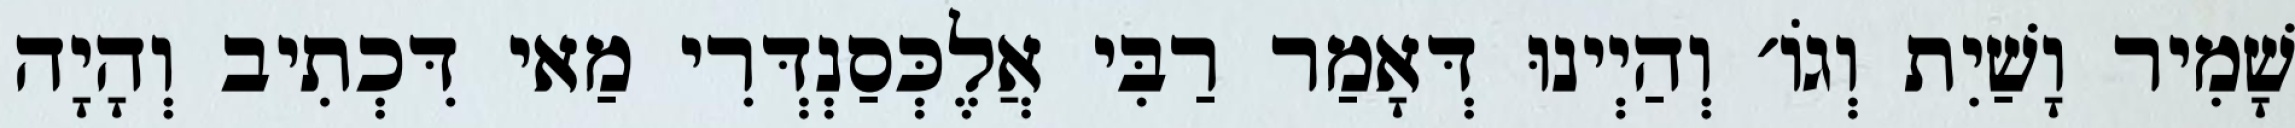
שָׁמִיר וָשַׁיִת וְגוֹ׳ וְהַיְינוּ דְּאָמַר רַבִּי אֲלֶכְּסַנְדְּרִי מַאי דִּכְתִיב וְהָיָה